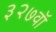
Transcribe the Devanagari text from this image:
३२७वॉ